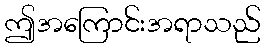
ဤအကြောင်းအရာသည်